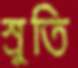
স্রুতি